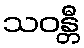
သဝန္တီ